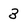
Character: 3